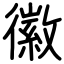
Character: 徽